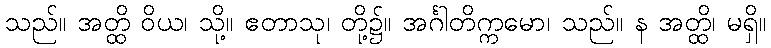
သည်။ အတ္ထိ ဝိယ၊ သို့။ ဧတာသု၊ တို့၌။ အင်္ဂါတိက္ကမော၊ သည်။ န အတ္ထိ၊ မရှိ။